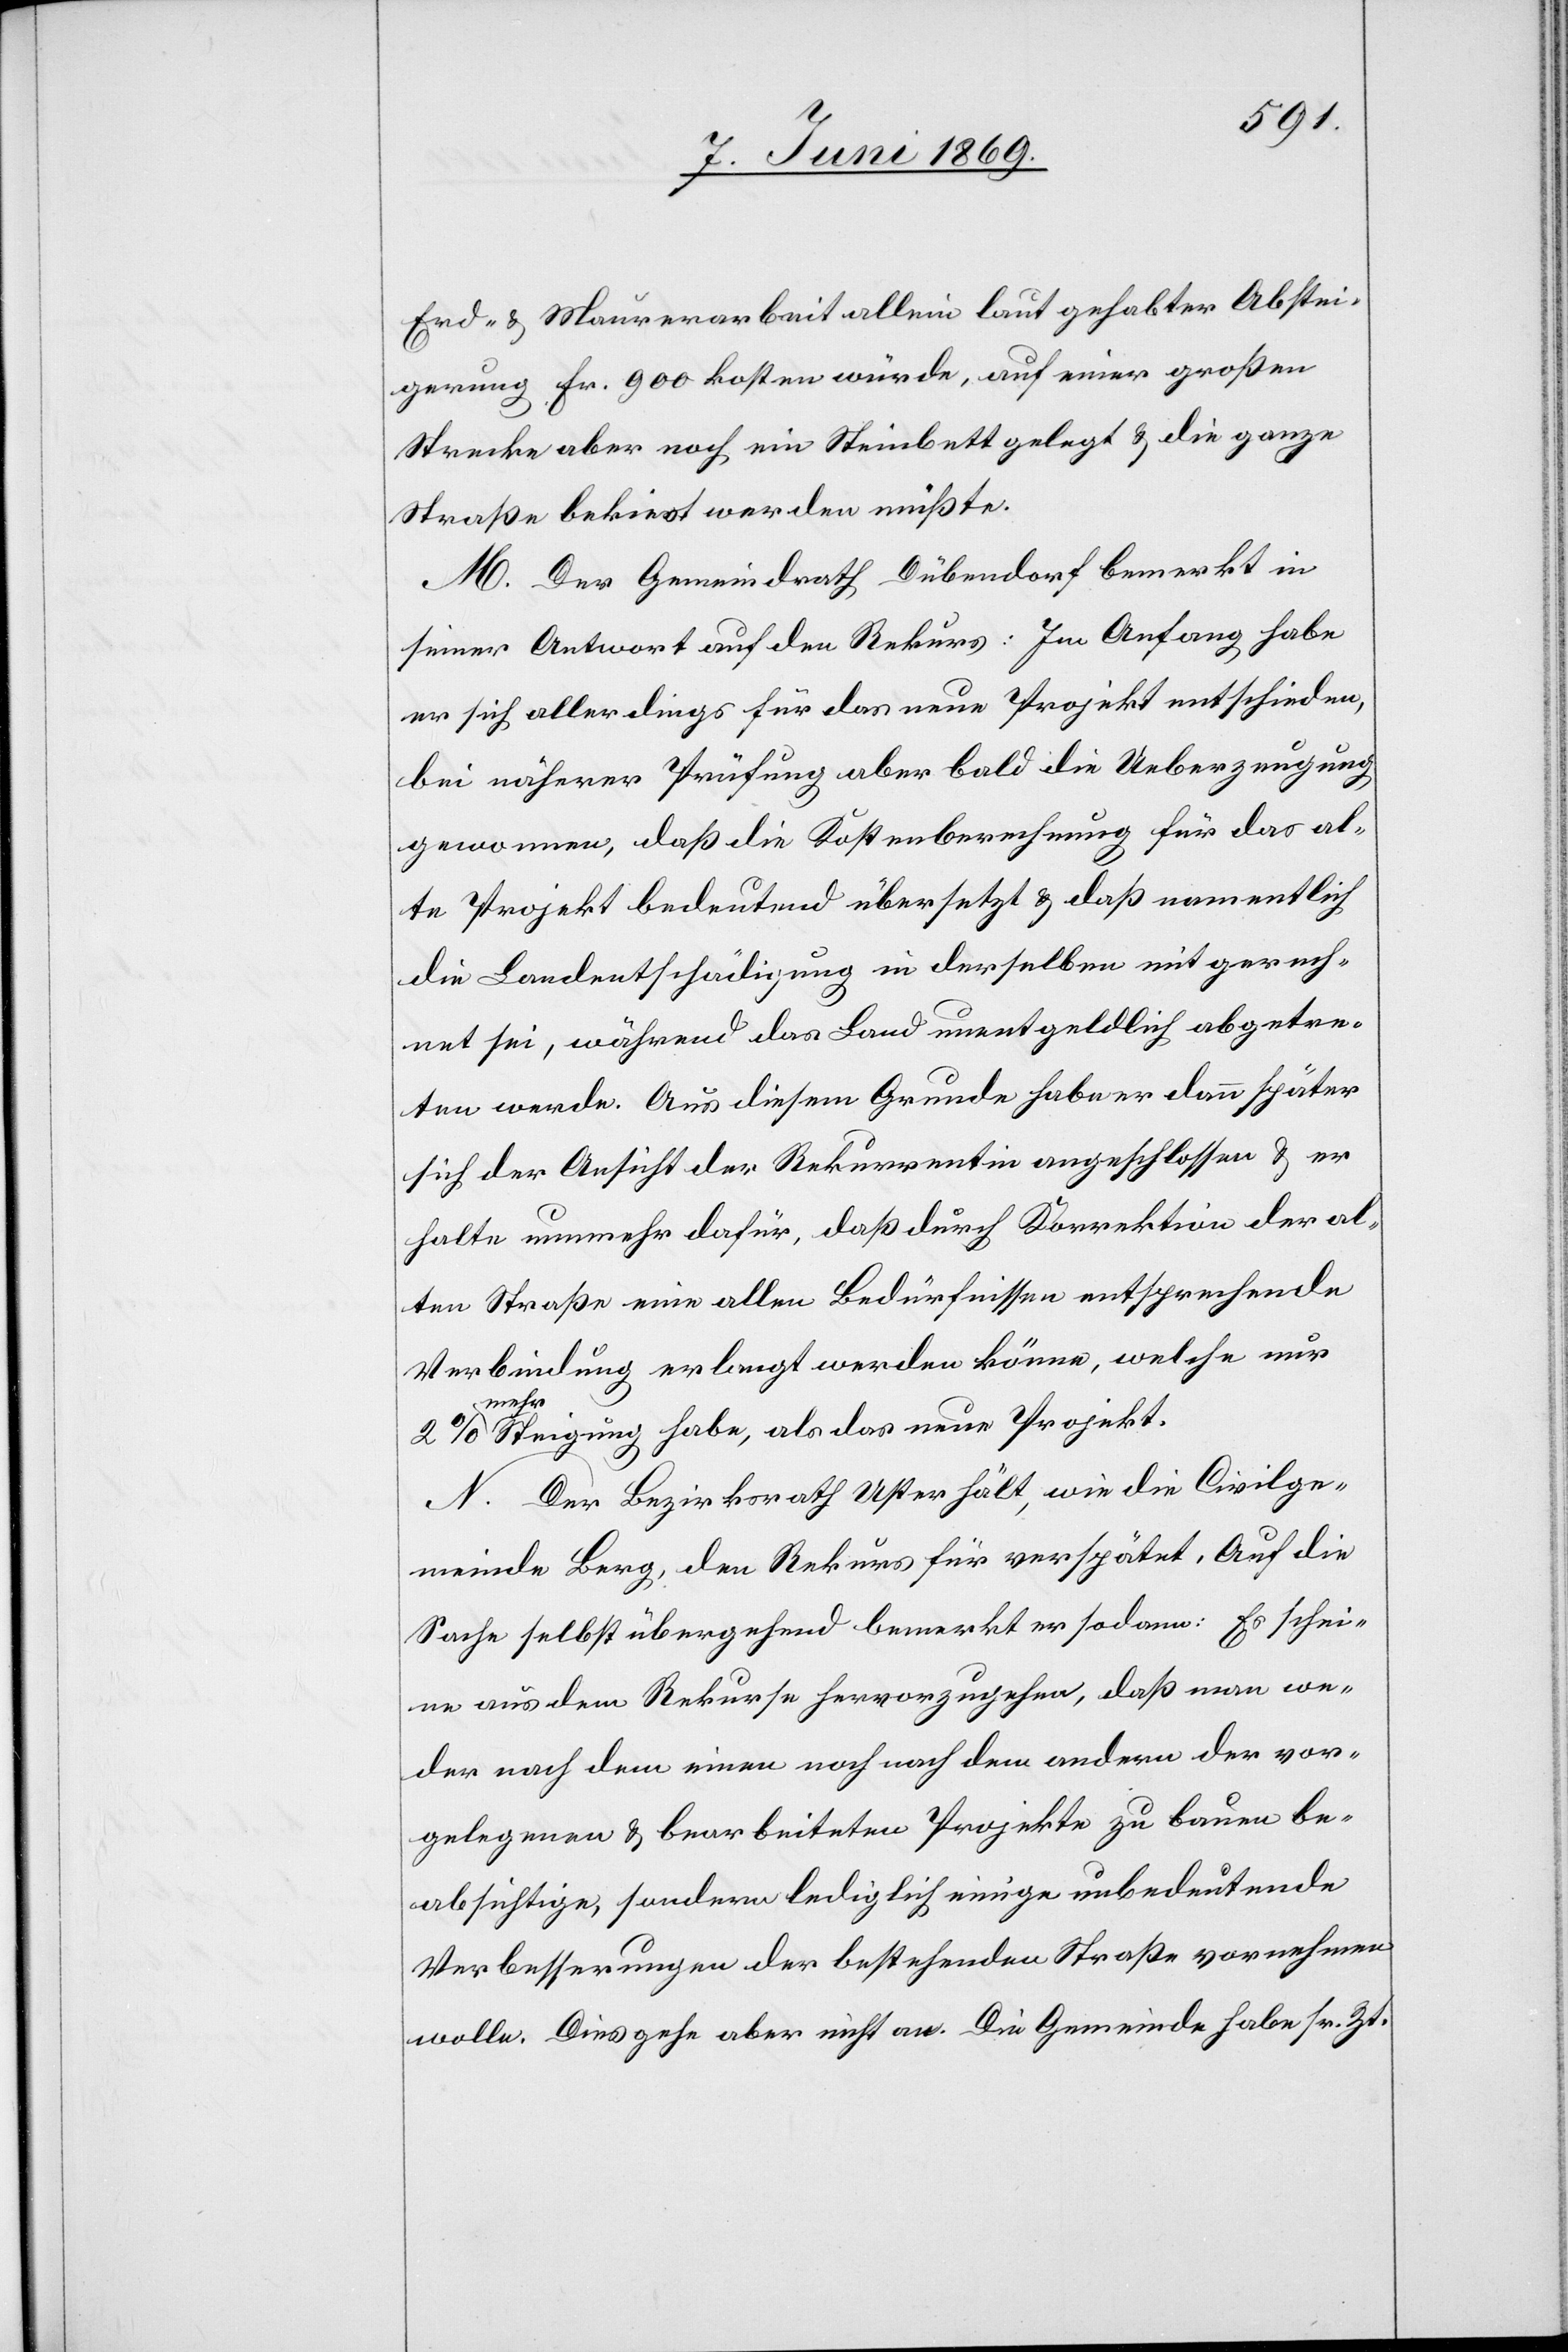
Erd- u. Maurerarbeit allein laut gehabter Abstei¬
gerung Fr. 900 kosten würde, auf einer großen
Strecke aber noch ein Steinbett gelegt u. die ganze
Straßenarbeit bekiest werden müßte.
M. Der Gemeindrath Dübendorf bemerkt in
seiner Antwort auf den Rekurs: Im Anfang habe
er sich allerdings für das neue Projekt entschieden,
bei näherer Prüfung aber bald die Ueberzeugung
gewonnen, daß die Kostenberechnung für das al¬
te Projekt bedeutend übersetzt u. daß namentlich
die Landentschädigung in derselben mit gerech¬
net sei, während das Land unentgeldlich abgetre¬
ten werde. Aus diesem Grunde habe er dann später
sich der Ansicht der Rekurrentin angeschlossen u. er
halte nunmehr dafür, daß durch Korrektion der al¬
ten Straße eine allen Bedürfnissen entsprechende
Verbindung erlangt werden könne, welche nur
mehr
Steigung habe, als das neue Projekt.
N. Der Bezirksrath Uster hält, wie die Civilge¬
meinde Berg, den Rekurs für verspätet. Auf die
Sache selbst übergehend bemerkt er sodann: Es schei¬
ne aus dem Rekurse hervorzugehen, daß man we¬
der nach den einen noch nach den andern der vor¬
gelegenen u. bearbeiteten Projekte zu bauen be¬
absichtige, sondern lediglich einige unbedeutende
Verbesserungen der bestehenden Straße vornehmen
wolle. Dies gehe aber nicht an. Die Gemeinde habe sr. Zt.